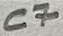
Text: C7